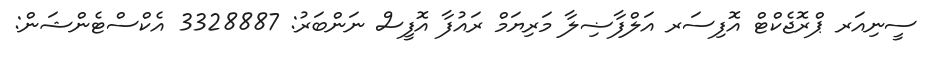
ސީނިއަރ ޕްރޮޖެކްޓް އޮފިސަރ އަލްފާޟިލާ މަރިޔަމް ރައުފާ އޮފީސް ނަންބަރު: 3328887 އެކްސްޓެންޝަން: